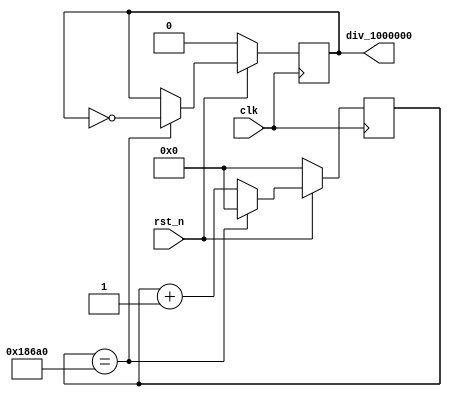
module mclk_to_50(clk,rst_n,div_1000000);
input clk,rst_n;
output reg div_1000000;
reg[31:0]cnt;
always@(posedge clk)
begin
     if(!rst_n) begin cnt<=0; div_1000000<=0; end
     else begin
               if(cnt==32'd100000)begin div_1000000<=~div_1000000; cnt<=0; end
               else begin cnt<=cnt+1;end
          end
end
endmodule